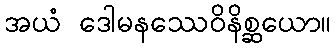
အယံ ဒေါမနဿေဝိနိစ္ဆယော။